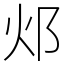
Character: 邩